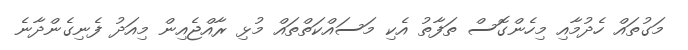
މަގުތައް ހެދުމާއި މިހެންގޮސް ތަފާތު އެކި މަސައްކަތްތައް މުޅި ރާއްޖެއިން މިއަދު ފެނިގެންދާނެ